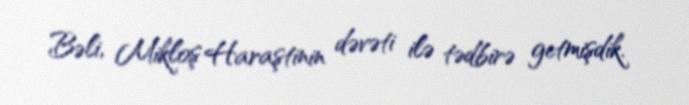
Bəli, Mikloş Haraştinin dəvəti ilə tədbirə getmişdik.